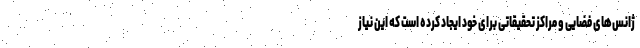
ژانس‌های فضایی و مراکز تحقیقاتی برای خود ایجاد کرده است که این نیاز